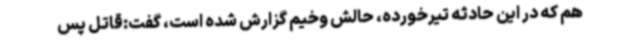
هم که در این حادثه تیرخورده، حالش وخیم گزارش شده است، گفت:قاتل پس